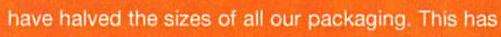
have halved the sizes of all our packaging. This has